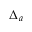
\Delta _ { a }